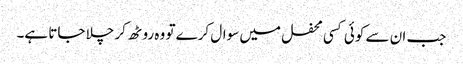
جب ان سے کوئی کسی محفل میں سوال کرے تو وہ روٹھ کر چلا جاتا ہے۔